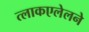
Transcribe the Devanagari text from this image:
त्लाकएलेलने